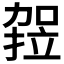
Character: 𭄻